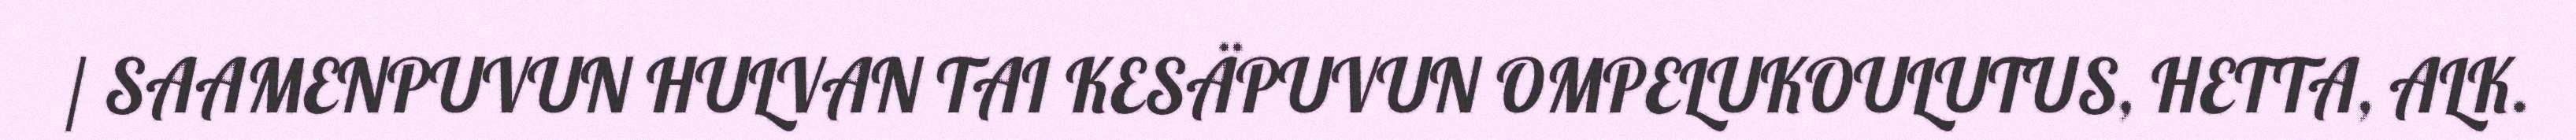
/ SAAMENPUVUN HULVAN TAI KESÄPUVUN OMPELUKOULUTUS, HETTA, ALK.